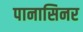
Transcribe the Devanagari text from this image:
पानासिनर